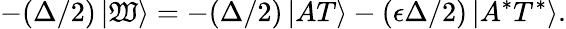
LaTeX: -(\Delta/2)\left|\mathfrak{W}\right\rangle=-(\Delta/2)\left|AT\right\rangle-(\epsilon\Delta/2)\left|A^{*}T^{*}\right\rangle.